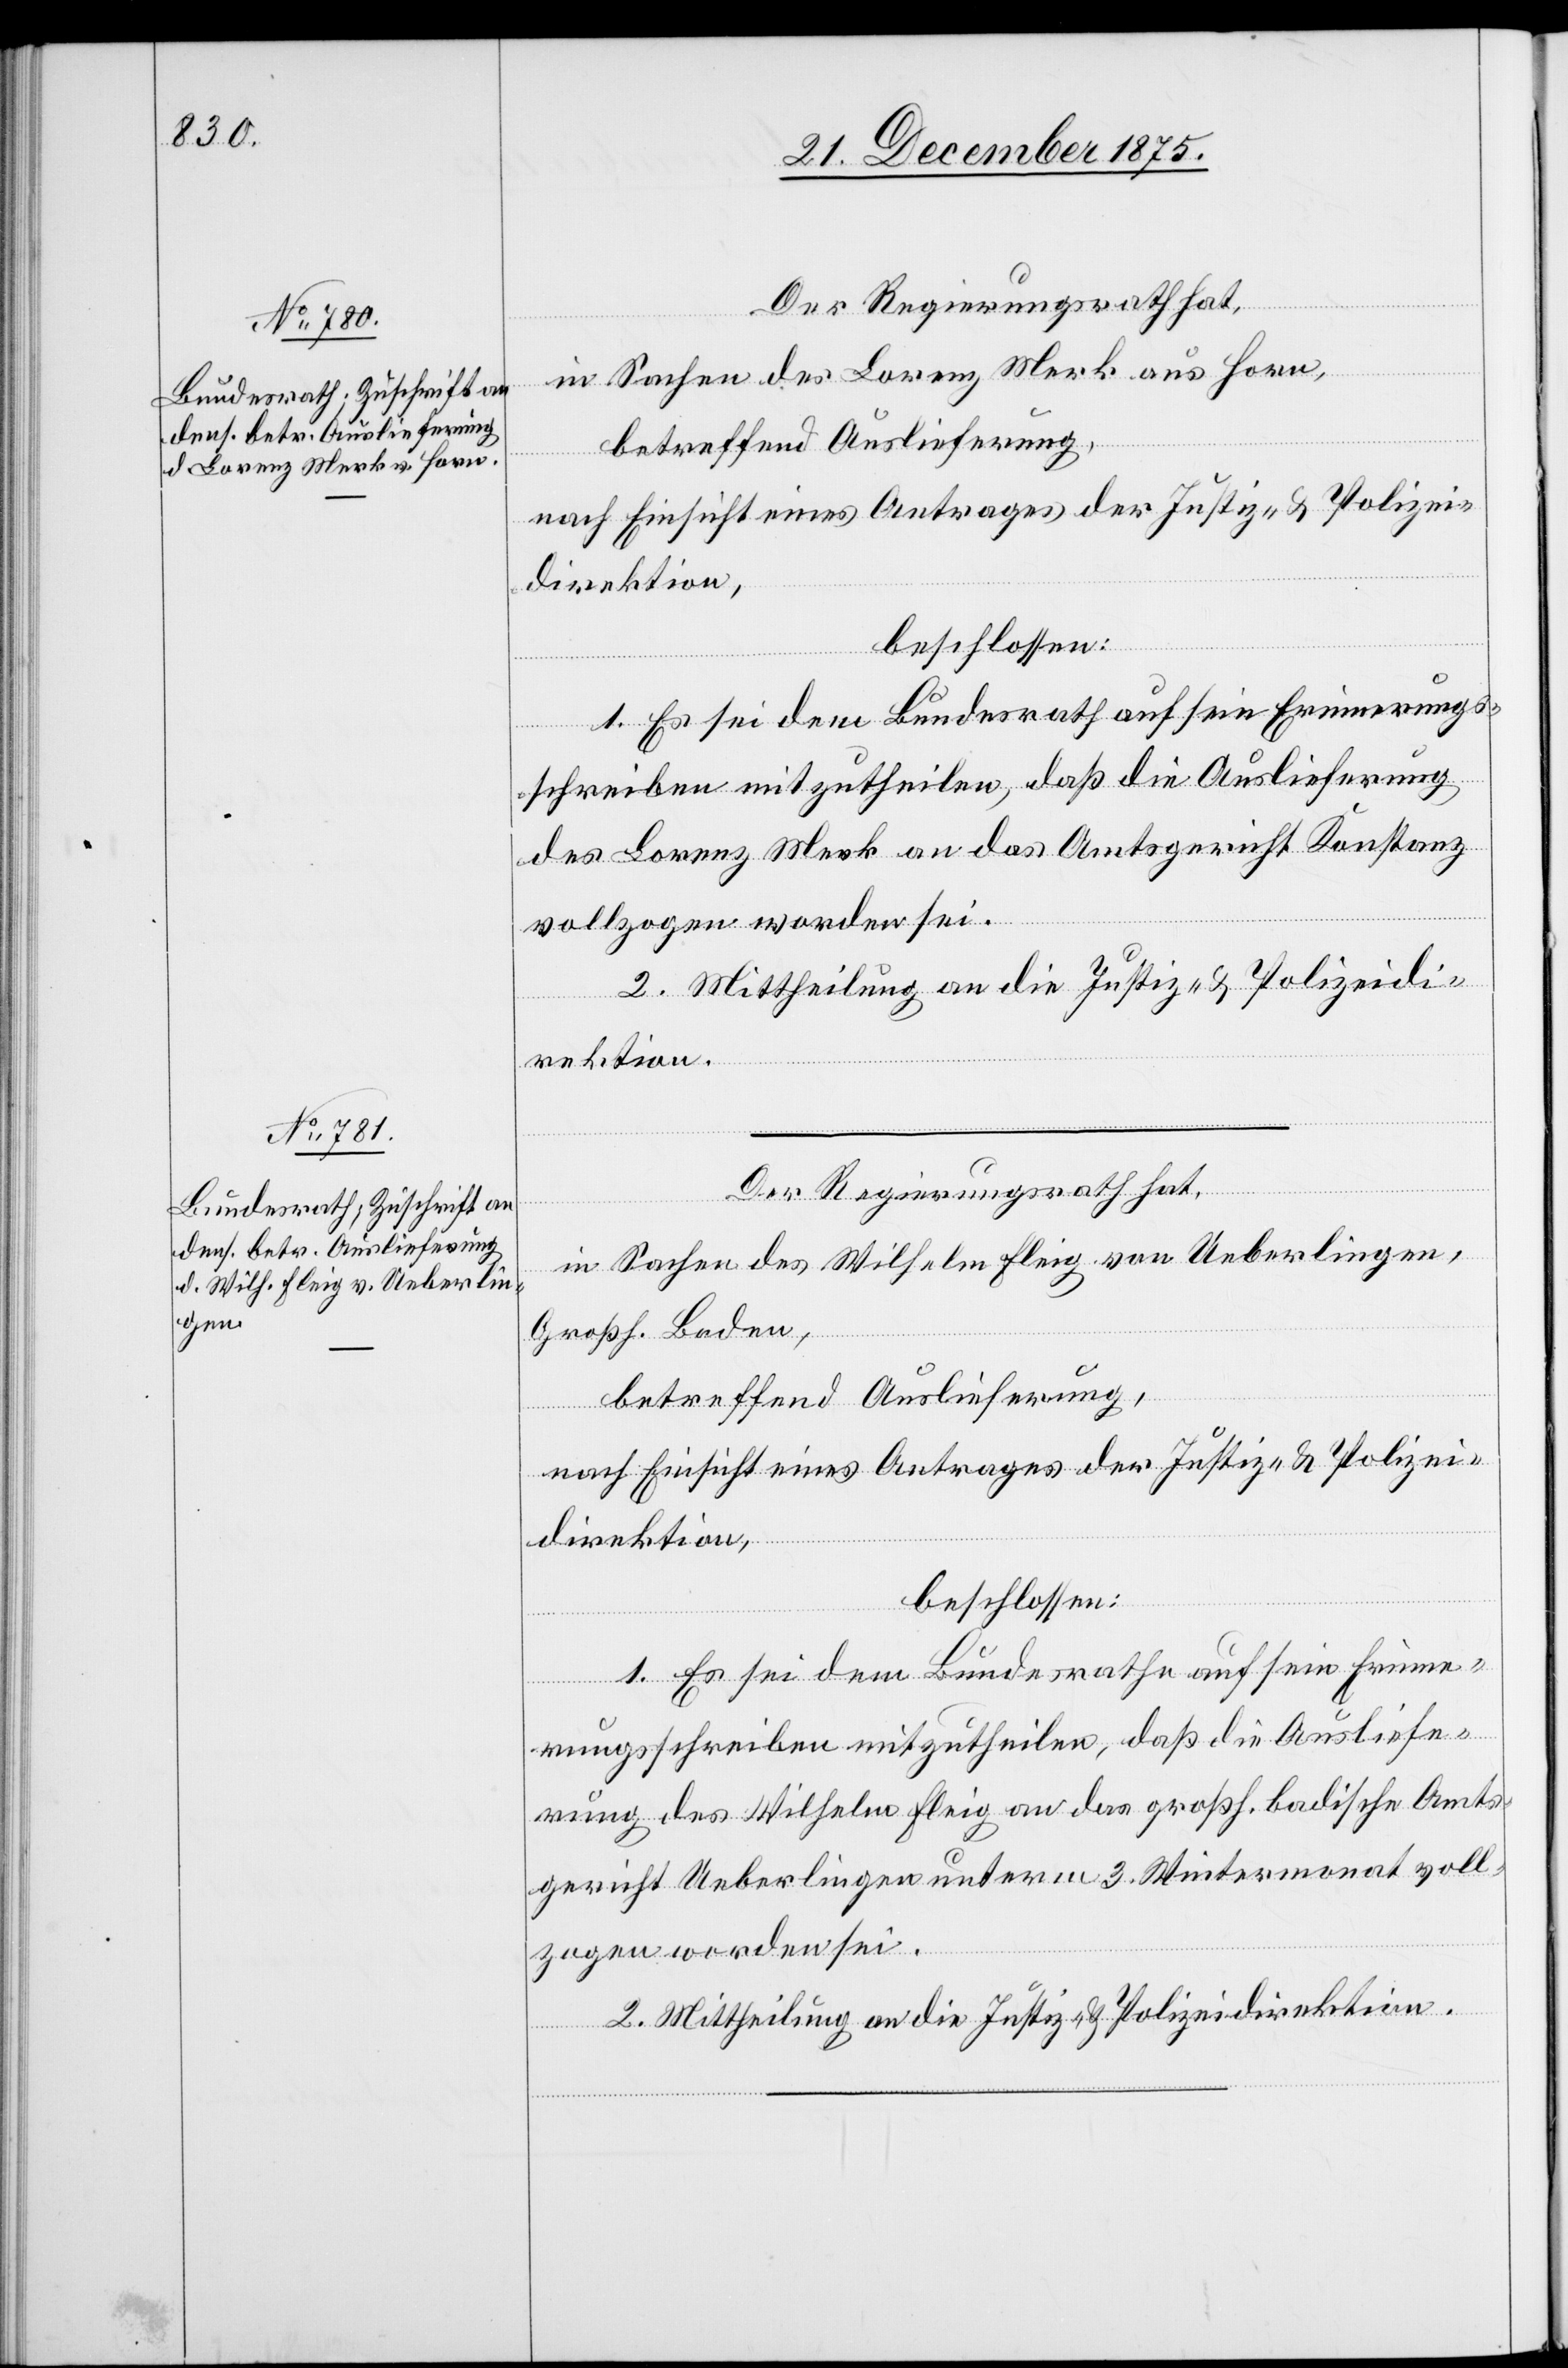
Der Regierungsrath hat,
in Sachen des Lorenz Merk aus Horn,
betreffend Auslieferung,
nach Einsicht eines Antrages der Justiz- und Polizei¬
direktion,
beschlossen:
1. Es sei dem Bundesrath auf sein Erinnerungs¬
schreiben mitzutheilen, daß die Auslieferung
des Lorenz Merk an das Amtsgericht Konstanz
vollzogen worden sei.
in Sachen des Wilhelm Fleig von Ueberlingen,
Großh. Baden,
betreffend Auslieferung,
direktion,
beschlossen:
1. Es sei dem Bundesrathe auf sein Erinne¬
rungsschreiben mitzutheilen, daß die Ausliefe¬
rung des Wilhelm Fleig an das großh. badische Amts¬
gericht Ueberlingen unterm 3. Wintermonat voll¬
zogen worden sei.
2. Mittheilung an die Justiz- & Polizeidirektion.